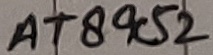
Text: AT89C52